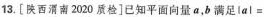
13.[陕西滑南2020质检]已知平面向量a，b满足| a | =